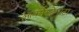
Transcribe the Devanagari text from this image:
आर्कोस्टेमाटा